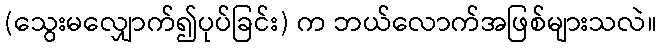
(သွေးမလျှောက်၍ပုပ်ခြင်း) က ဘယ်လောက်အဖြစ်များသလဲ။